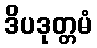
ဒိပဒုတ္တမံ